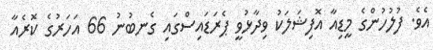
އެވެ. ފުލުހުންގެ މީޑިއާ އޮފިޝަލަކު ވިދާޅުވީ ޕެރަޑައިސްގައި ގެނބުނު 66 އަހަރުގެ ކޮރެއާ